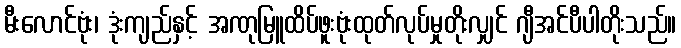
မီးလောင်ဗုံး၊ ဒုံးကျည်နှင့် အဏုမြူထိပ်ဖူးဗုံးထုတ်လုပ်မှုတိုးလျှင် ဂျီအင်ပီပါတိုးသည်။